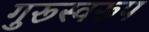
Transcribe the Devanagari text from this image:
गुरूस्वरूप